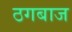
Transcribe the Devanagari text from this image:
ठगबाज